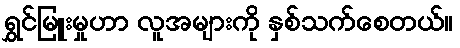
ရွှင်မြူးမှုဟာ လူအများကို နှစ်သက်စေတယ်။